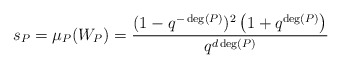
\begin{align*} s_P = \mu_P(W_P)= \frac{(1-q^{-\deg(P)})^2\left(1 + q^{\deg(P)}\right)}{q^{d\deg(P)}} \end{align*}